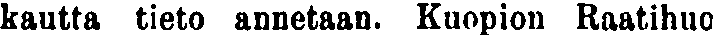
kautta tieto annetaan. Kuopion Raatihuo